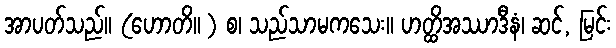
အာပတ်သည်။ (ဟောတိ။ ) စ၊ သည်သာမကသေး။ ဟတ္ထိအဿာဒီနံ၊ ဆင်, မြင်း